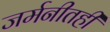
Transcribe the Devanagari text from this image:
जर्मनीतही